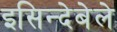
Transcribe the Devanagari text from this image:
इसिन्देबेले